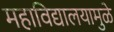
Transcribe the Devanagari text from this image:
महाविद्यालयामुळे